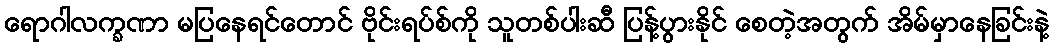
ရောဂါလက္ခဏာ မပြနေရင်တောင် ဗိုင်းရပ်စ်ကို သူတစ်ပါးဆီ ပြန့်ပွားနိုင် စေတဲ့အတွက် အိမ်မှာနေခြင်းနဲ့